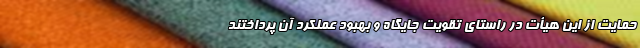
حمایت از این هیأت در راستای تقویت جایگاه و بهبود عملکرد آن پرداختند